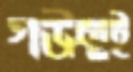
গউছই